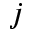
j